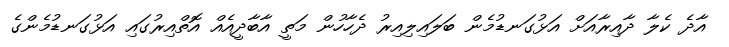
އާދެ ކެލާ ދާއިރާއަށް އަޅުގަނޑުމެން ބަލައިލިއިރު ދެހާހުން މަތީ އާބާދީއެއް އޮތްއިރުގައި އަޅުގަނޑުމެންގެ